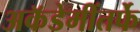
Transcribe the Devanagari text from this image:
अकॅडेमींतर्फे